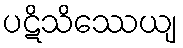
ပဋိသိဿေယျ